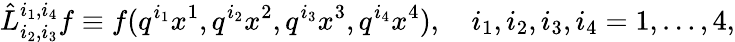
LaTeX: \hat{L}_{i_{2},i_{3}}^{i_{1},i_{4}}f\equiv f(q^{i_{1}}x^{1},q^{i_{2}}x^{2},q^{i_{3}}x^{3},q^{i_{4}}x^{4}),\quad i_{1},i_{2},i_{3},i_{4}=1,\dots,4,